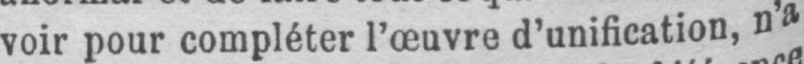
voir pour compléter l’œuvre d’unification, n’a